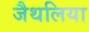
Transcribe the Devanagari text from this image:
जैथलिया